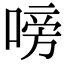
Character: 嗙